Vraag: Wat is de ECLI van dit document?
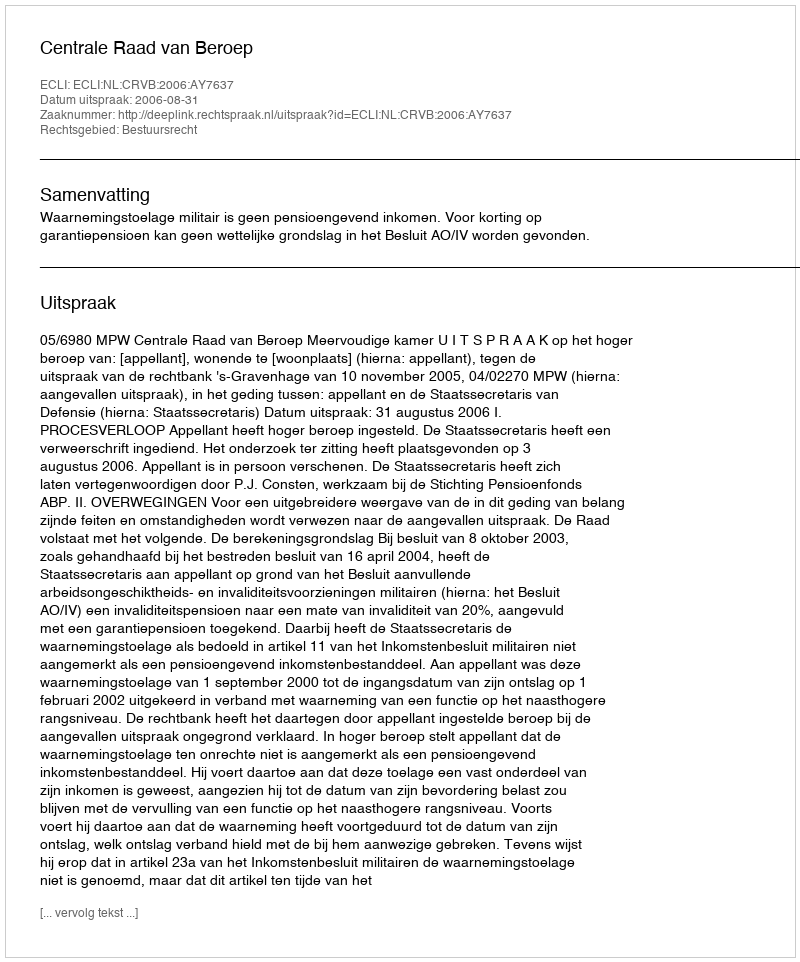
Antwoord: ECLI:NL:CRVB:2006:AY7637